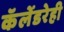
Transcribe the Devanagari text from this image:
कॅलेंडरेही